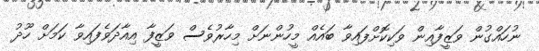
ނުހައްގުން ވަޒީފާއިން ވަކިކޮށްފައިވާ ބައެއް މީހުންނަށް މިހާރުވެސް ވަޒީފާ އިއާދަވެފައިވާ ކަމަށް ހޫދު